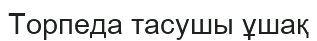
Торпеда тасушы ұшақ